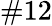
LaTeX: \# 12